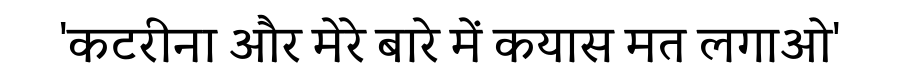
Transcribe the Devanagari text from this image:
'कटरीना और मेरे बारे में कयास मत लगाओ'